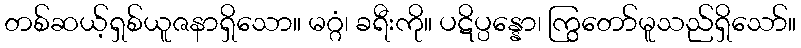
တစ်ဆယ့်ရှစ်ယူဇနာရှိသော။ မဂ္ဂံ၊ ခရီးကို။ ပဋိပ္ပန္နော၊ ကြွတော်မူသည်ရှိသော်။